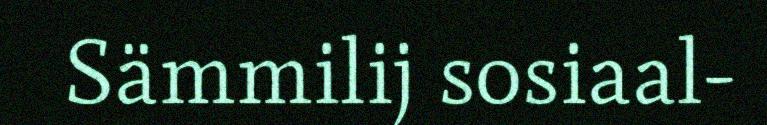
Sämmilij sosiaal-